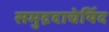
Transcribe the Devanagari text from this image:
समुद्रदाचेयिंद